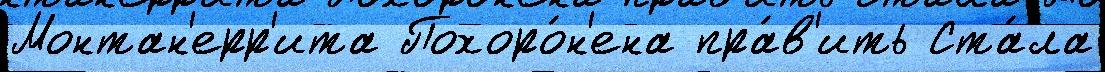
Монтан'ерр'ита Похоро́н'ена пра́в'ить Ста́ла